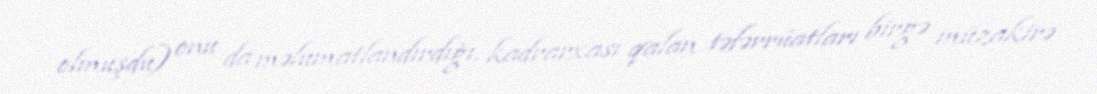
olmuşdu) onu da məlumatlandırdığı, kadrarxası qalan təfərrüatları birgə müzakirə